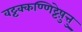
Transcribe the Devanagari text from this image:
वट्टक्कण्णिट्टेषु़त्तु